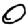
Digit: 0